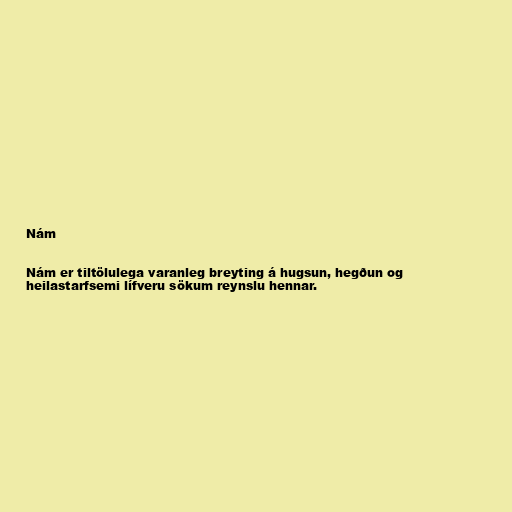
Nám

Nám er tiltölulega varanleg breyting á hugsun, hegðun og
heilastarfsemi lífveru sökum reynslu hennar.